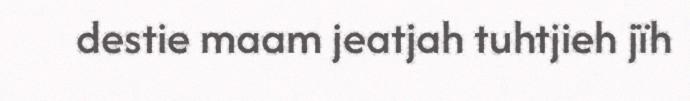
destie maam jeatjah tuhtjieh jïh